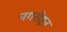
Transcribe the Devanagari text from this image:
नगरीहून